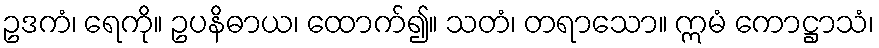
ဥဒကံ၊ ရေကို။ ဥပနိဓာယ၊ ထောက်၍။ သတံ၊ တရာသော။ ဣမံ ကောဋ္ဌာသံ၊